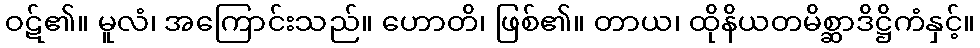
ဝဋ်၏။ မူလံ၊ အကြောင်းသည်။ ဟောတိ၊ ဖြစ်၏။ တာယ၊ ထိုနိယတမိစ္ဆာဒိဋ္ဌိကံနှင့်။